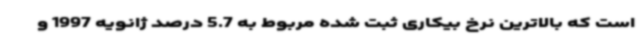
است که بالاترین نرخ بیکاری ثبت شده مربوط به 5.7 درصد ژانویه 1997 و